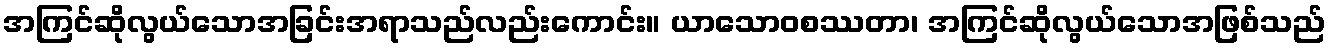
အကြင်ဆိုလွယ်သောအခြင်းအရာသည်လည်းကောင်း။ ယာသောဝစဿတာ၊ အကြင်ဆိုလွယ်သောအဖြစ်သည်